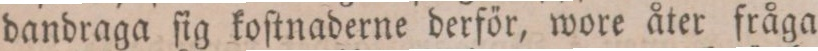
dandraga ſig koſtnaderne derför, wore åter fråga